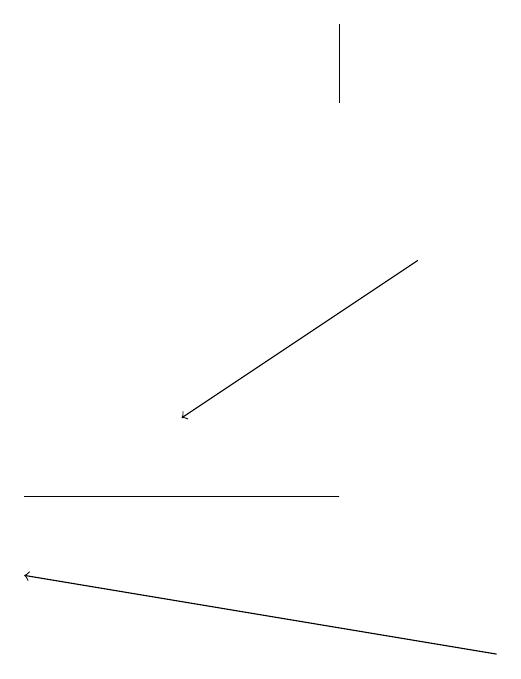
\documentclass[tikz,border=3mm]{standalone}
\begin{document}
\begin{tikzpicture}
\draw (5,18) rectangle (5,19);
\draw[->] (6,16) -- (3,14);
\draw[->] (7,11) -- (1,12);
\draw (5,13) rectangle (1,13);
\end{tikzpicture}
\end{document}